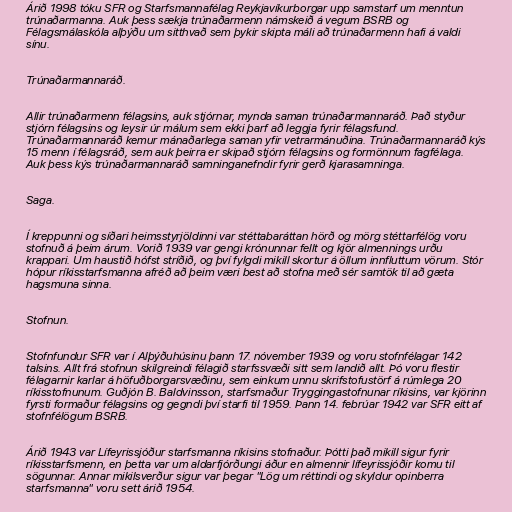
Árið 1998 tóku SFR og Starfsmannafélag Reykjavíkurborgar upp samstarf um menntun
trúnaðarmanna. Auk þess sækja trúnaðarmenn námskeið á vegum BSRB og
Félagsmálaskóla alþýðu um sitthvað sem þykir skipta máli að trúnaðarmenn hafi á valdi
sínu.

Trúnaðarmannaráð.

Allir trúnaðarmenn félagsins, auk stjórnar, mynda saman trúnaðarmannaráð. Það styður
stjórn félagsins og leysir úr málum sem ekki þarf að leggja fyrir félagsfund.
Trúnaðarmannaráð kemur mánaðarlega saman yfir vetrarmánuðina. Trúnaðarmannaráð kýs
15 menn í félagsráð, sem auk þeirra er skipað stjórn félagsins og formönnum fagfélaga.
Auk þess kýs trúnaðarmannaráð samninganefndir fyrir gerð kjarasamninga.

Saga.

Í kreppunni og síðari heimsstyrjöldinni var stéttabaráttan hörð og mörg stéttarfélög voru
stofnuð á þeim árum. Vorið 1939 var gengi krónunnar fellt og kjör almennings urðu
krappari. Um haustið hófst stríðið, og því fylgdi mikill skortur á öllum innfluttum vörum. Stór
hópur ríkisstarfsmanna afréð að þeim væri best að stofna með sér samtök til að gæta
hagsmuna sinna.

Stofnun.

Stofnfundur SFR var í Alþýðuhúsinu þann 17. nóvember 1939 og voru stofnfélagar 142
talsins. Allt frá stofnun skilgreindi félagið starfssvæði sitt sem landið allt. Þó voru flestir
félagarnir karlar á höfuðborgarsvæðinu, sem einkum unnu skrifstofustörf á rúmlega 20
ríkisstofnunum. Guðjón B. Baldvinsson, starfsmaður Tryggingastofnunar ríkisins, var kjörinn
fyrsti formaður félagsins og gegndi því starfi til 1959. Þann 14. febrúar 1942 var SFR eitt af
stofnfélögum BSRB.

Árið 1943 var Lífeyrissjóður starfsmanna ríkisins stofnaður. Þótti það mikill sigur fyrir
ríkisstarfsmenn, en þetta var um aldarfjórðungi áður en almennir lífeyrissjóðir komu til
sögunnar. Annar mikilsverður sigur var þegar "Lög um réttindi og skyldur opinberra
starfsmanna" voru sett árið 1954.